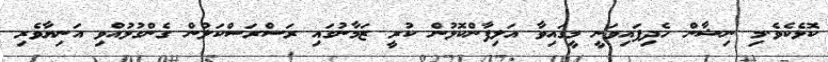
ކޮޅެކެވެ.މި ނިޝާން ހެދިފައިވަނީ މީގައިވާ އަލިފާންކޮޅުން ކުރީ ޒަމާނުގައި ރަސްރަސްކަލުން ގެންގުޅުއްވި އަނިޔާވެރި